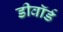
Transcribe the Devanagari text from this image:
डीवॉर्ड